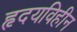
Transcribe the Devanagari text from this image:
हृदयविहीन